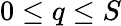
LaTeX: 0\leq q\leq S